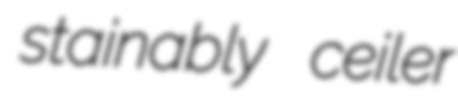
stainably ceiler